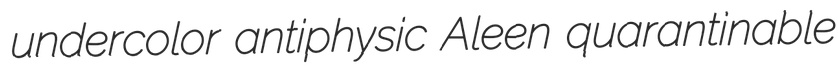
undercolor antiphysic Aleen quarantinable